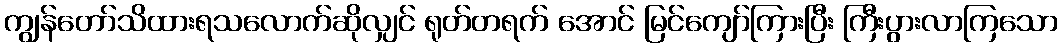
ကျွန်တော်သိထားရသလောက်ဆိုလျှင် ရုတ်တရက် အောင် မြင်ကျော်ကြားပြီး ကြီးပွားလာကြသော